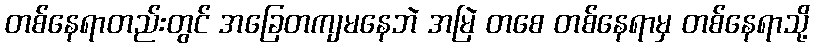
တစ်နေရာတည်းတွင် အခြေတကျမနေဘဲ အမြဲ တစေ တစ်နေရာမှ တစ်နေရာသို့